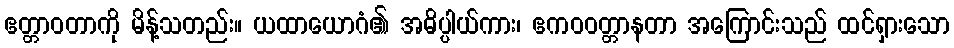
ဧတ္တာဝတာကို မိန့်သတည်း။ ယထာယောဂံ၏ အဓိပ္ပါယ်ကား၊ ဧကဝဝတ္တာနတာ အကြောင်းသည် ထင်ရှားသော